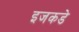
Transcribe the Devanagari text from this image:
इजकडे